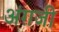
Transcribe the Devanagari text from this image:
अंग़जी